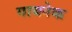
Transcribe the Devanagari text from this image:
गायनेक